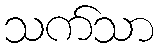
သက်သာ